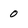
Character: 0